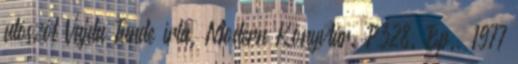
utószót Vajda Tünde írta. Modern Könyvtár. P328. Bp., 1977